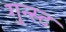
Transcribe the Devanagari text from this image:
गुन्स्ट